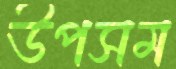
উপসম